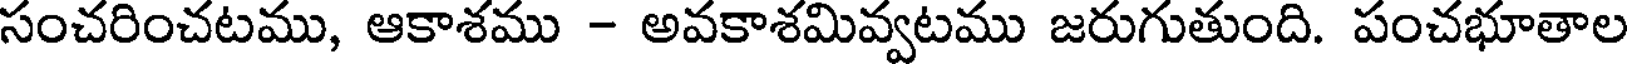
సంచరించటము, ఆకాశము - అవకాశమివ్వటము జరుగుతుంది. పంచభూతాల